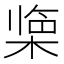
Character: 𪲹